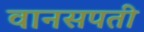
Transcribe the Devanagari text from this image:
वानसपती